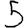
Digit: 5